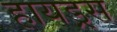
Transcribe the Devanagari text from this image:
हायड्रस